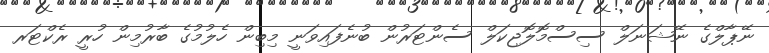
ނޭޕާލްގެ ނޭޝަނަލް ސިސްމޮލޮޖިކަލް ސެންޓަރުން ބުނެފައިވަނީ މިބިން ހެލުމުގެ ބާރުމިން ހުރީ ރެކްޓަރ